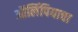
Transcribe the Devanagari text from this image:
ऑलिंपियाचा